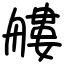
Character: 艛